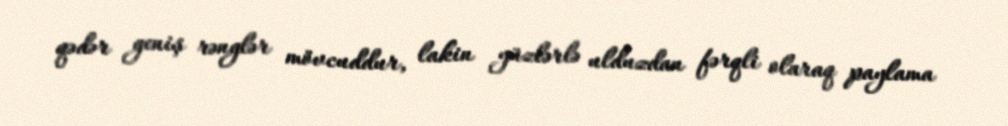
qədər geniş rənglər mövcuddur, lakin yüzlərlə ulduzdan fərqli olaraq paylama